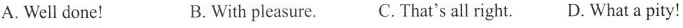
A.Welldone! B.With pleasure. C.That's all right. D.What a pity!